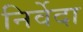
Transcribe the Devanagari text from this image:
निर्वेदा